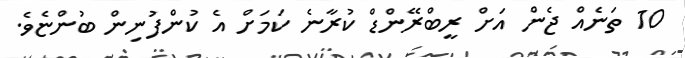
10 ތަނެއް ޖެން އަށް ރީބްރޭންޑް ކުރާނެ ކަމަށް އެ ކުންފުނިން ބުންޏެވެ.